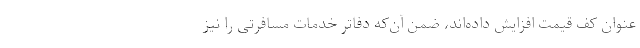
عنوان کف قیمت افزایش داده‌اند، ضمن آن‌که دفاتر خدمات مسافرتی را نیز